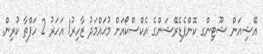
އޭޝިއަން ޝޫޓިންގ ކޮންފެޑެރޭޝަންގެ އެކްސްކޯއަށް މުޙައްމަދު ޒާހިރު1 އަހަރު 2 ހަފްތާ ކުރިން.